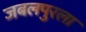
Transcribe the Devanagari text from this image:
जबलपुरला